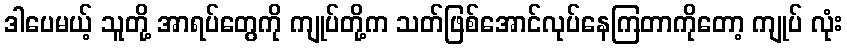
ဒါပေမယ့် သူတို့ အာရပ်တွေကို ကျုပ်တို့က သတ်ဖြစ်အောင်လုပ်နေကြတာကိုတော့ ကျုပ် လုံး